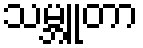
သမ္ဘူတာ